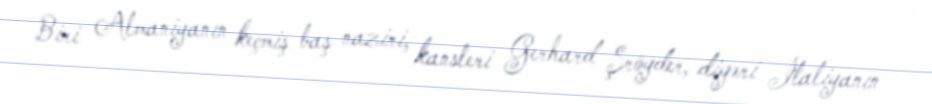
Biri Almaniyanın keçmiş baş naziri, kansleri Gerhard Şröyder, digəri İtaliyanın